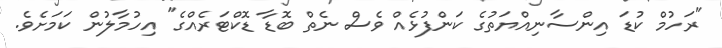
"ރަހުމް ކުޑަ އިންސާނިއްޔަތުގެ ކަންފުޅެއް ވެސް ނެތް ބޮޑާ ޑޮކްޓަރެއްގެ" އިހުމާލުން ކަމަށެވެ.